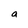
Character: a